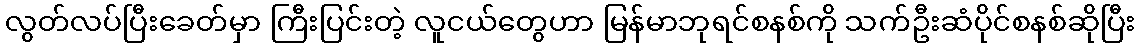
လွတ်လပ်ပြီးခေတ်မှာ ကြီးပြင်းတဲ့ လူငယ်တွေဟာ မြန်မာဘုရင်စနစ်ကို သက်ဦးဆံပိုင်စနစ်ဆိုပြီး